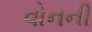
વોનની